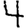
Digit: 4